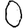
Digit: 0